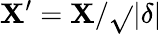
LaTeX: \mathbf{X}^{\prime}=\mathbf{X}/\sqrt{}{{|\delta|}}